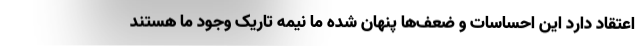
اعتقاد دارد این احساسات و ضعف‌ها پنهان شده ما نیمه تاریک وجود ما هستند